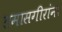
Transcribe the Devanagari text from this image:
तमासगीरांना